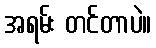
အရမ်း တင်တာပဲ။